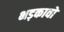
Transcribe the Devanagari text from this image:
भड़कावों